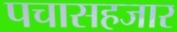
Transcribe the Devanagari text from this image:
पचासहजार